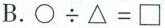
B.$$\bigcirc \div \triangle = \Box$$